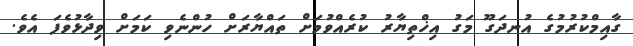
ގާއިމްކުރުމުގެ އުނދަގޫ މަގު އިޚްތިޔާރު ކުރެއްވުމަށް ތައްޔާރަށް ހުންނެވި ކަމަށް ވިދާޅުވެފަ އެވެ.